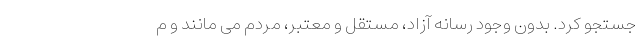
جستجو کرد. بدون وجود رسانه آزاد، مستقل و معتبر، مردم می مانند و م